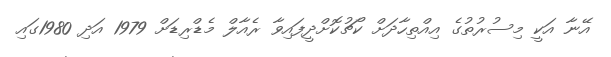
އޭނާ އަކީ މިސުރުތުގެ އިއްތިހާދަށް ކޯޗުކޮށްދީފައިވާ ރެއާލް މެޑްރިޑަށް 1979 އަދި 1980ގައި